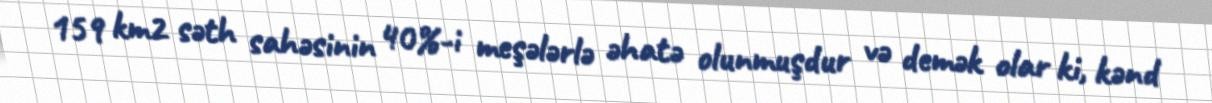
159 km2 səth sahəsinin 40%-i meşələrlə əhatə olunmuşdur və demək olar ki, kənd